Annual report on the lock hospitals of the Madras Presidency
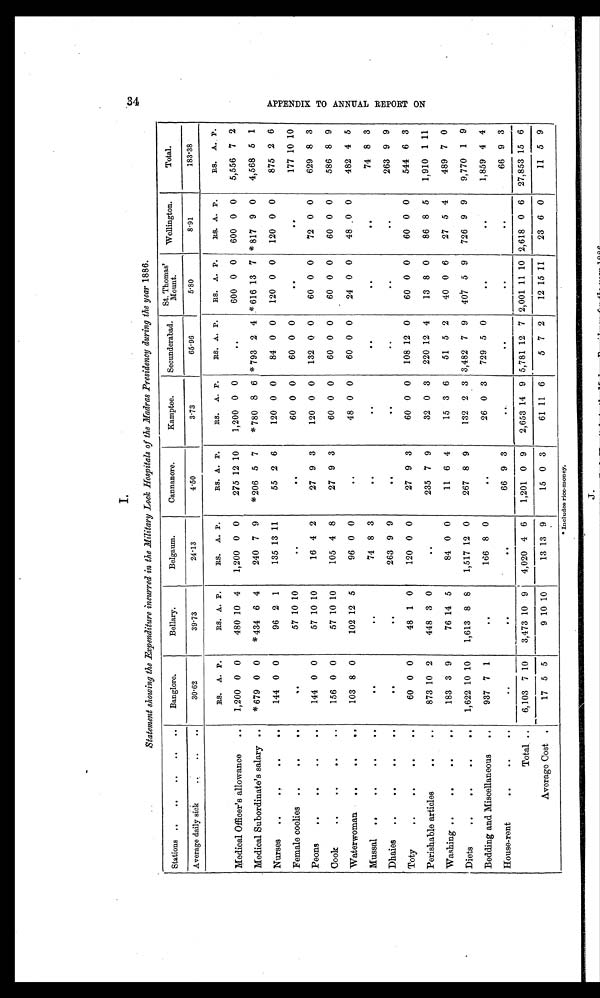
I.
Statement showing the Expenditure incurred in the Military Lock Hospitals of the Madras Presidency during the year 1886.
Stations ..
..
..
.. ..
Banglore.
Bellary.
Belgaum.
Cannanore.
Kamptee.
Secunderabad. St.Thomas' Mount.
Wellington.
Total.
Average daily sick
..
. .
30·62
39·73
24·13
4·50
3·73
65·96
5·80
8·91
183·38
RS. A. P.
RS. A. P.
RS. A. P.
RS. A. P.
RS. A. P.
RS. A. P. RS. A. P.
RS. A. P.
RS. A. P.
Medical Officer's allowance
..
1,200 0 0
480 10 4
1,200 0 0
275 12 10
1,200 0 0
.. . . . . 600 0 0 600 0 0
5,556 7 2
Medical Subordinate's salary ..
* 6 7 9 0 0
* 4 3 4 6 4
240 7 9
* 2 0 6 5 7
* 7 8 0 8 6
* 7 9 3 2 4
* 6 1 6 13 7
* 8 1 7 9 0
4,568 5 1
Nurses ..
..
. .
144 0 0
96 2 1
135 13 11
55 2 6
120 0 0
84 0 0 120 0 0 120 0 0
875 2 6
Female coolies ..
..
..
.. . . . .
57 10 10
.. . . . .
. . . . . .
60 0 0
60 0 0
. . . .
. .
. . . .
. .
177 10 10
Peons
..
..
..
..
144 0 0
57 10 10
16 4 2
27 9 3
120 0 0 132 0 0
60 0 0
72 0 0
629 8 3
Cook
..
..
..
..
156 0 0
57 10 10
105 4 8
27 9 3
60 0 0
60 0 0
60 0 0
60 0 0
586 8
9
Waterwoman ..
..
..
103 8 0
102 12 5
96 0 0
. . . . . .
48 0 0
60 0 0
24 0 0
48 0 0
482 4 5
Mussal ..
..
..
. .
. . . .
. .
. . . . . .
74 8 3
.. . . . .
. . . . . .
.. . . . .
.. . . . .
. . . . . .
74 8 3
Dhaies ..
..
..
..
. . . .
. .
. . . . . .
263 9 9
. . . . . .
. . . . . .
.. . . . .
. . . .
. .
.. . . . .
263 9 9
Toty
..
..
..
. .
60 0 0
48 1 0
120 0 0
27 9 3
60 0 0 108 12 0
60 0 0
60 0 0
544 6 3
Perishable articles
..
. .
873 10 2
448 3 0
. . . . . .
235 7 9
32 0 3 220 12 4
13 8 0
86 8 5
1,910 1 11
Washing ..
..
..
..
183 3 9
76 14 5
84 0 0
11 6 4
15 3 6
51 5 2
40 0 6
27 5 4
489 7 0
Diets
..
..
..
..
1,622 10 10
1,613 8 8
1,517 12 0
267 8 9
132 2 3 3,482 7 9 407 5 9 726 9 9
9,770 1 9
Bedding and Miscellaneous ..
937 7 1
. . . . . .
166 8 0
. . . . . .
26 0 3 729 5 0
. . . .
. .
. . . . . . 1,859 4 4
House-rent
..
..
..
. . . . . .
. . . . . .
. . . . . .
66 9 3
. . . . . .
.. . . . .
. . . .
. .
. . . . . .
66 9 3
Total ..
6,103 7 10
3,473 10 9
4,020 4 6
1,201 0 9
2,653 14 9 5,781
1 2 7 2,001 11 10 2,618 0 6 27,853 15 6
Average Cost .
17 5 5
9 10 10
13
1 3 9
15 0 3
61 11 6
5 7 2
12
1 5
11
23 6 0
11 5 9
Includes rice-money.
A P P E N D I X T O A N N U A L R E P O R T O N